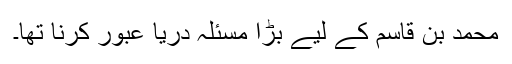
محمد بن قاسم کے لیے بڑا مسئلہ دریا عبور کرنا تھا۔